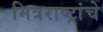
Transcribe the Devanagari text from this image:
मित्रराष्ट्रांचे